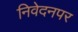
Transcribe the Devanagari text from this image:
निवेदनपर